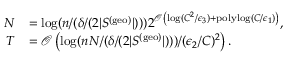
\begin{array} { r l } { N } & { = \log ( n / ( \delta / ( 2 | S ^ { ( \mathrm { g e o } ) } | ) ) ) 2 ^ { \mathcal { O } \left( \log ( C ^ { 2 } / \epsilon _ { 3 } ) + \mathrm { p o l y l o g } ( C / \epsilon _ { 1 } ) \right) } , } \\ { T } & { = \mathcal { O } \left( \log ( n N / ( \delta / ( 2 | S ^ { ( \mathrm { g e o } ) } | ) ) ) / ( \epsilon _ { 2 } / C ) ^ { 2 } \right) . } \end{array}